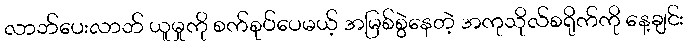
လာဘ်ပေးလာဘ် ယူမှုကို စက်စုပ်ပေမယ့် အမြစ်စွဲနေတဲ့ အကုသိုလ်စရိုက်ကို နေ့ချင်း